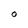
Character: O